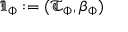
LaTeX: { \mathfrak { I } } _ { \Phi } : = ( { \mathfrak { T } } _ { \Phi } , \beta _ { \Phi } )